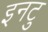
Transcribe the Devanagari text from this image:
इनटु